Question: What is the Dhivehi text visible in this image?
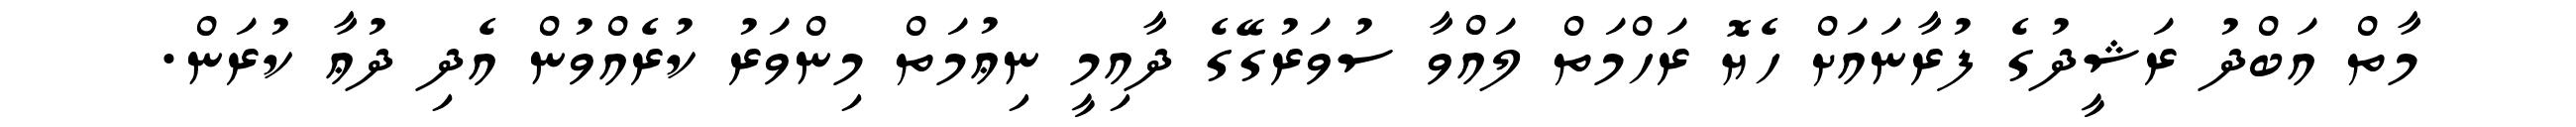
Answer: މާތް އަބްދު ރަޝީދުގެ ފުރާނައަށް ހެޔޮ ރަހްމަތް ލައްވާ ސުވަރުގޭގެ ދާއިމީ ނިޢުމަތް މިންވަރު ކުރެއްވުން އެދި ދުޢާ ކުރަން.